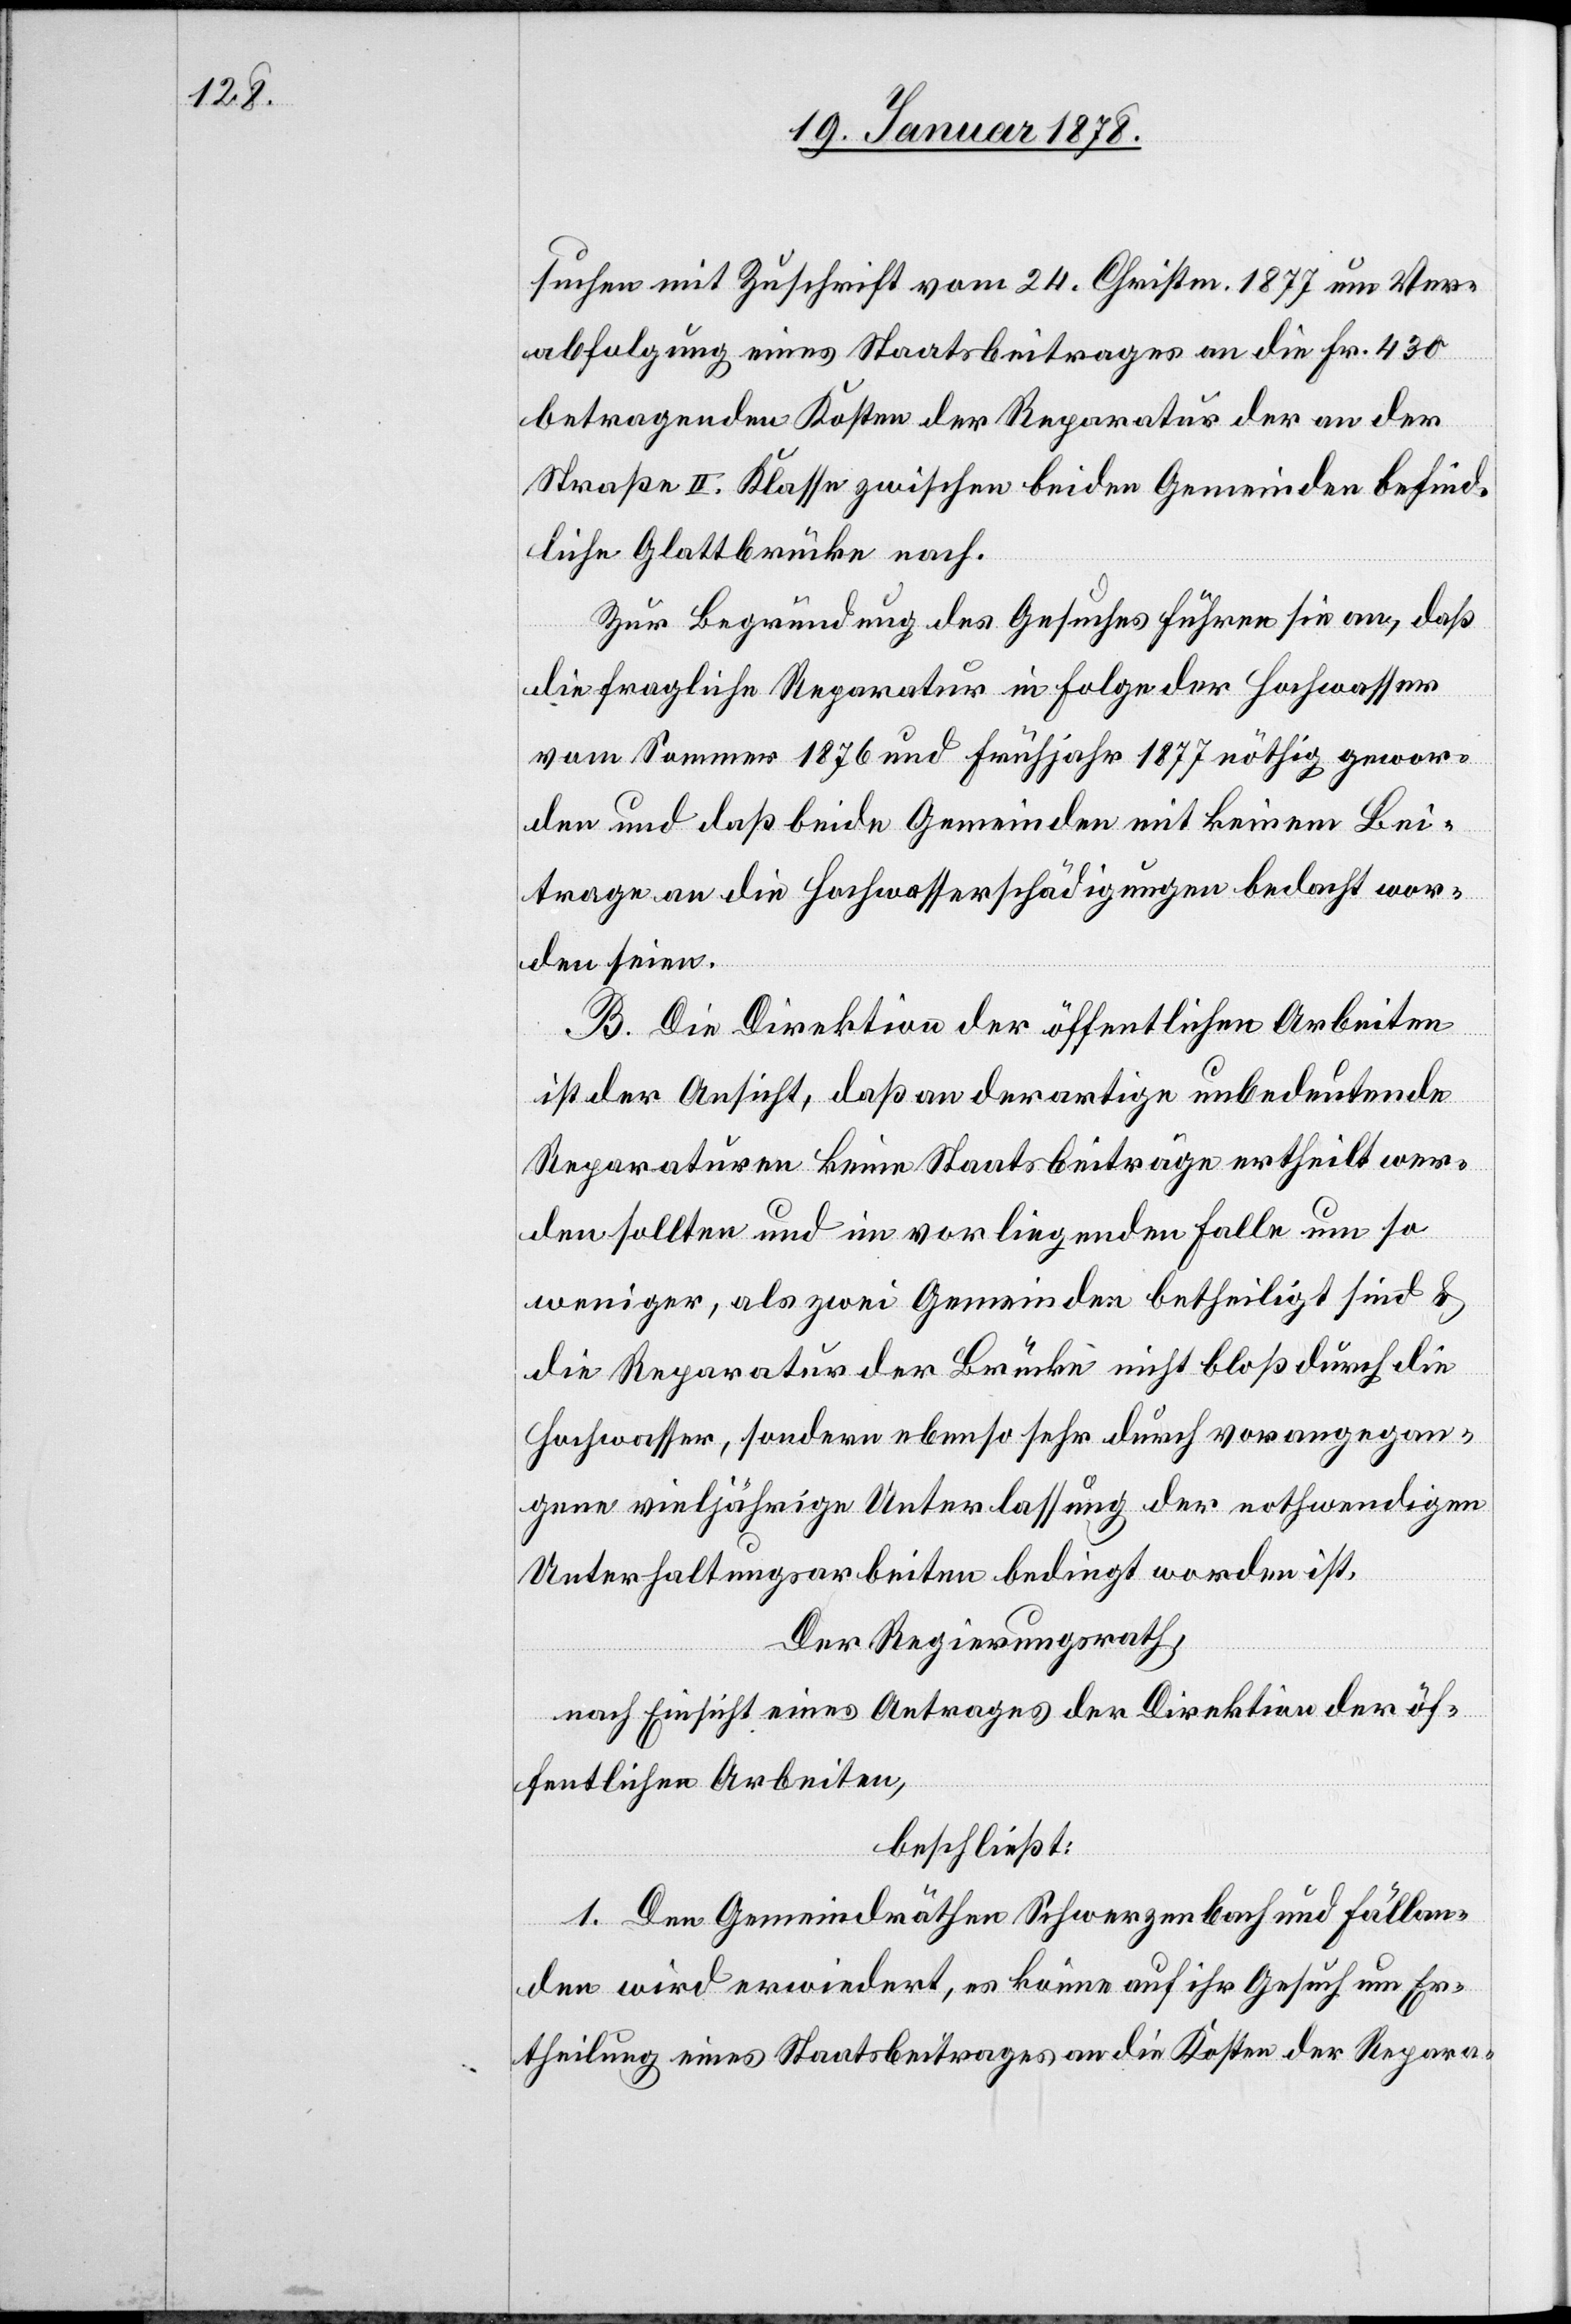
suchen mit Zuschrift vom 24. Christm. 1877 um Ver¬
abfolgung eines Staatsbeitrages an die Fr. 430
betragenden Kosten der Reparatur der an der
Straße II. Klasse zwischen beiden Gemeinden befind¬
liche[n] Glattbrücke nach.
Zur Begründung des Gesuches führen sie an, daß
die fragliche Reparatur in Folge der Hochwasser
vom Sommer 1876 und Frühjahr 1877 nöthig gewor¬
den und daß beide Gemeinden mit keinem Bei¬
trage an die Hochwasserschädigungen bedacht wor¬
den seien.
B. Die Direktion der öffentlichen Arbeiten
ist der Ansicht, daß an derartige unbedeutende
Reparaturen keine Staatsbeiträge ertheilt wer¬
den sollten und im vorliegenden Falle um so
weniger, als zwei Gemeinden betheiligt sind &
die Reparatur der Brücke nicht bloß durch die
Hochwasser, sondern ebenso sehr durch vorangegan¬
gene vieljährige Unterlassung der nothwendigen
Unterhaltungsarbeiten bedingt worden ist.
Der Regierungsrath,
nach Einsicht eines Antrages der Direktion der öf¬
fentlichen Arbeiten,
beschließt:
1. Den Gemeindräthen Schwerzenbach und Fällan¬
den wird erwiedert, es könne auf ihr Gesuch um Er¬
theilung eines Staatsbeitrages an die Kosten der Repara-